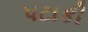
પટાકી